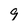
Character: 9